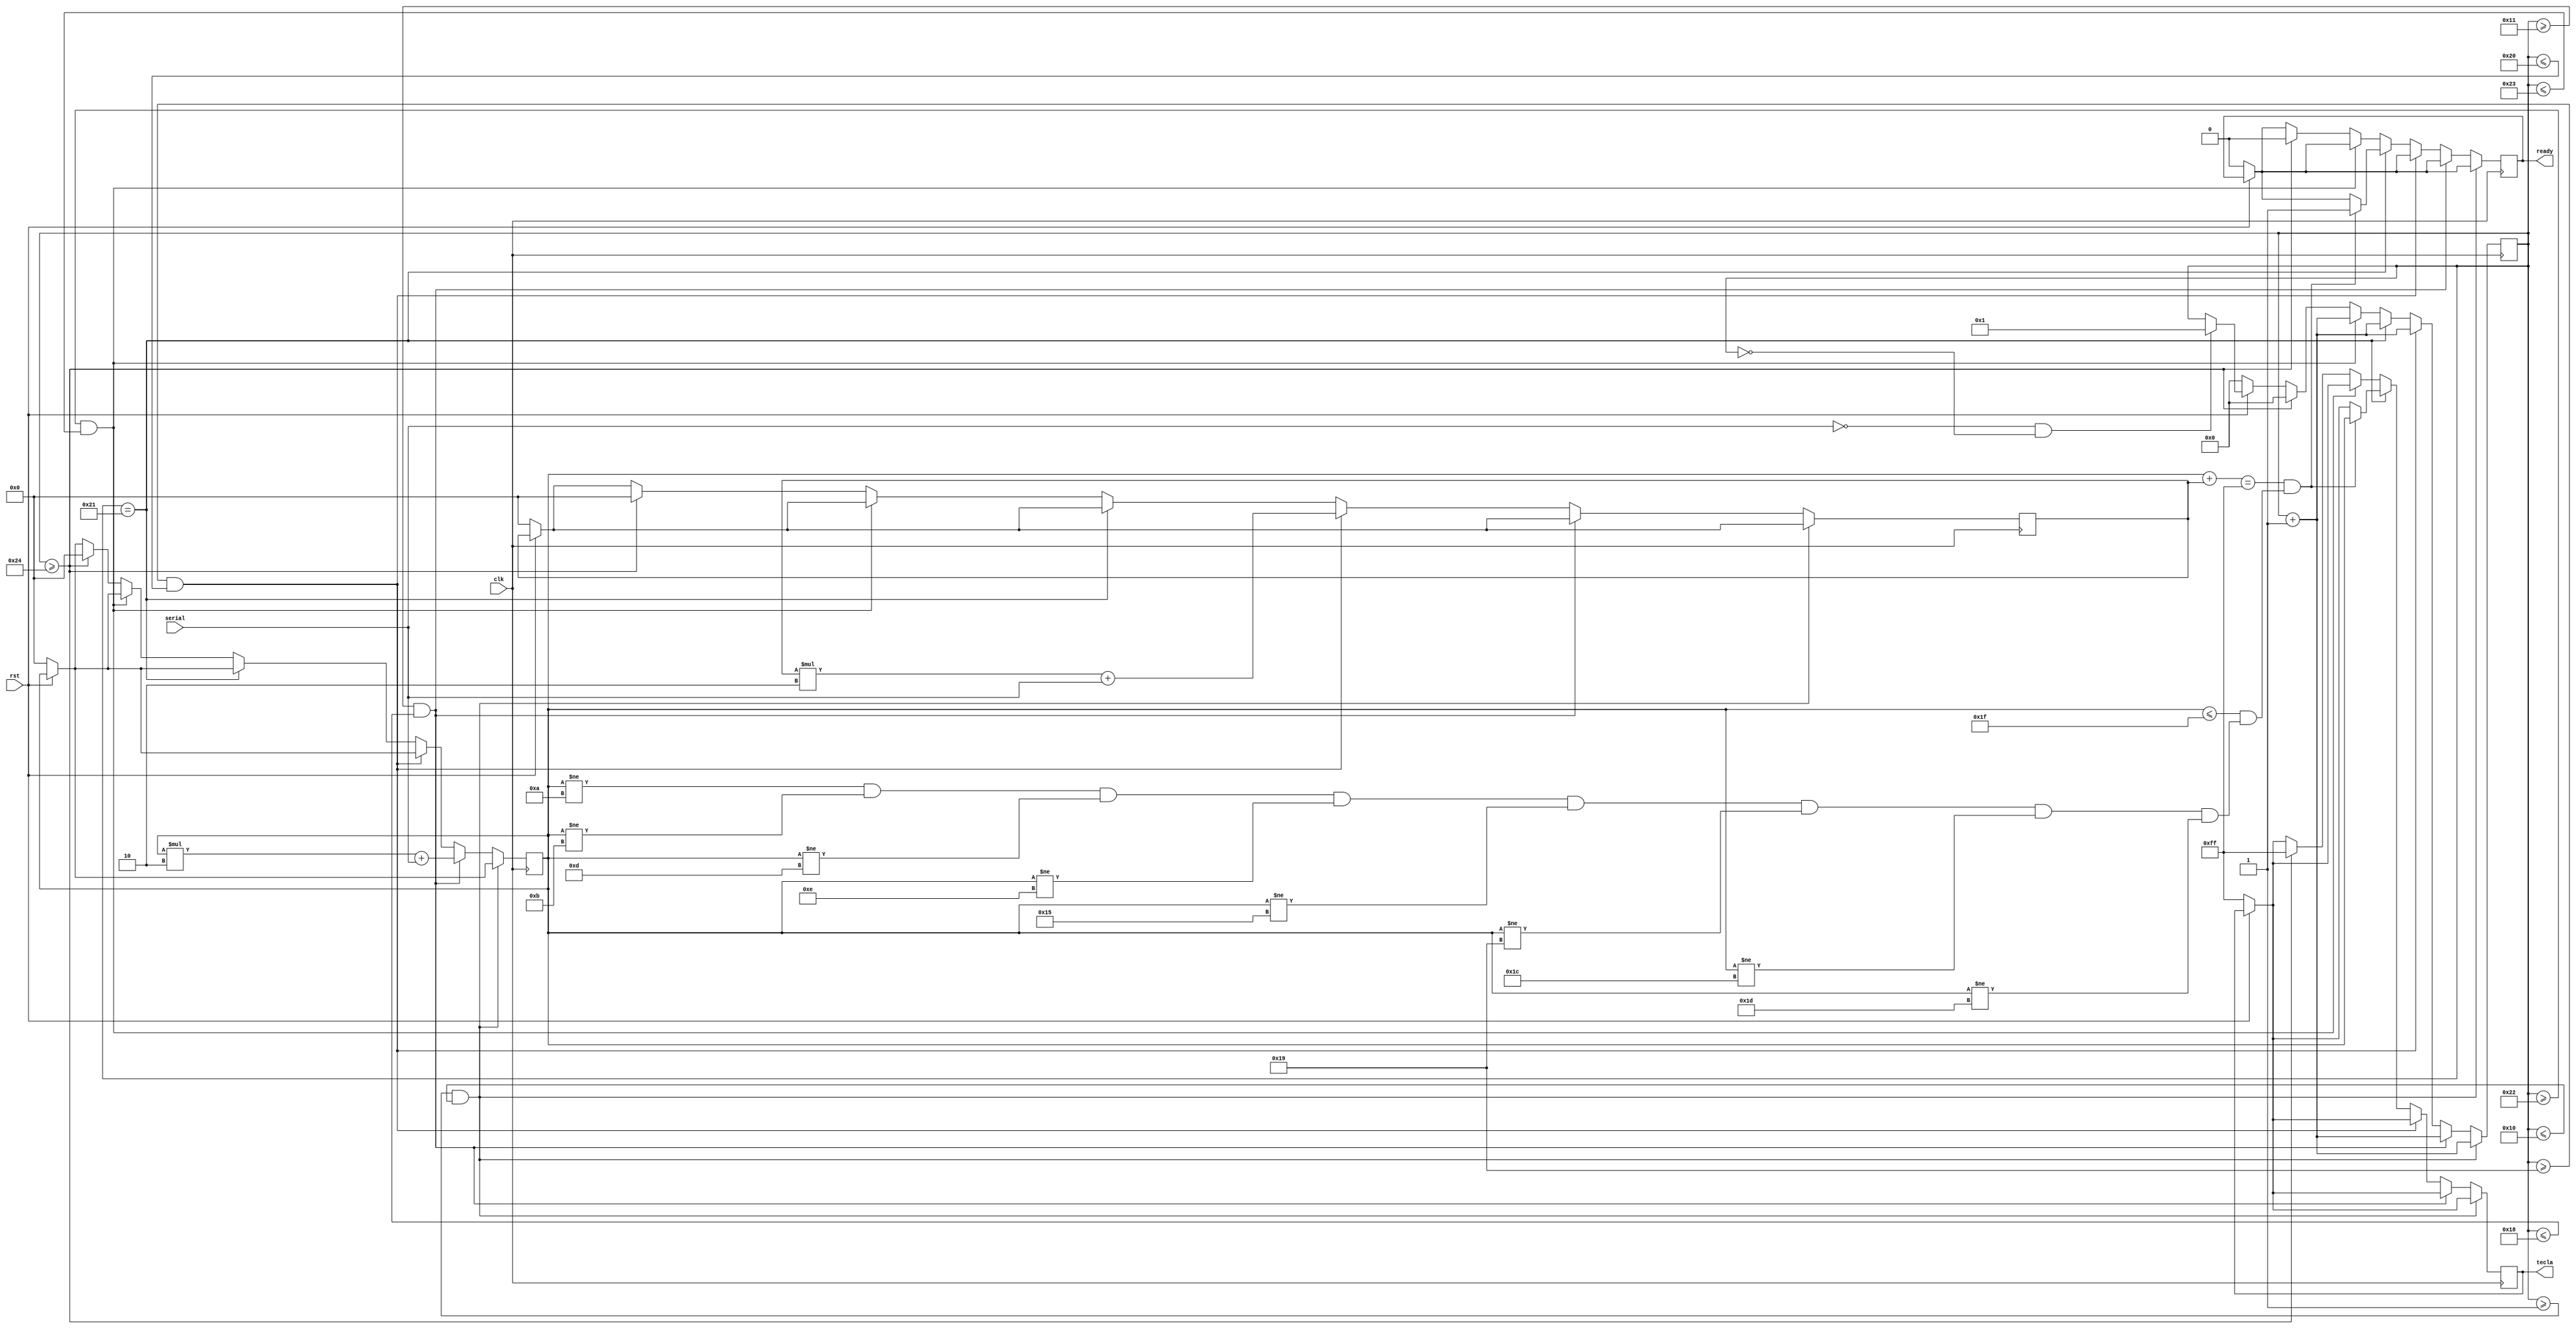
module RemoteController (clk, rst, serial, tecla, ready);
input clk, rst, serial;
output reg [7:0] tecla;
output reg ready;

reg [15:0] custom;
reg [7:0] data, data_inv;
reg [5:0] cont;
wire cont_init, cont_custom, cont_data, cont_data_inv, cont_validate, cont_wait, cont_end, test_validate;

assign cont_init = (serial == 0 && cont == 0);
assign cont_custom = (cont >= 1 && cont <= 16);
assign cont_data = (cont >= 17 && cont <= 24);
assign cont_data_inv = (cont >= 25 && cont <= 32);
assign cont_validate = (cont == 33);
assign cont_wait = (cont >= 34 && cont <= 35);
assign cont_end = (cont >= 36);
assign test_validate = ((data + data_inv == 8'hFF) && (data <= 8'h1F && (data != 8'h0a && data != 8'h0b && data != 8'h0d && data != 8'h0e && data != 8'h15 && data != 8'h19 && data != 8'h1c && data != 8'h1d)));

always @ (posedge clk) begin
	if(rst == 0)
		begin
			ready <= 0;
			cont <= 0;
			tecla <= 8'hFF;
			custom <= 16'h0000;
			data <= 8'h00;
			data_inv <= 8'h00;
		end
	else
		begin
			if(cont_init) begin
				cont <= 1;
			end
		end
	if (cont_custom) begin
		custom <= (custom * 2) + serial;
		cont <= cont + 1;
	end
	else if (cont_data) begin
		data <= (data * 2) + serial;
		cont <= cont + 1;
	end
	else if (cont_data_inv) begin
		data_inv <= (data_inv * 2) + serial;
		cont <= cont + 1;
	end
	else if (cont_validate) begin
		if(test_validate) begin
			ready <= 1;
			tecla <= data;
		end
		cont <= cont + 1;
	end
	else if (cont_wait)
		cont <= cont + 1;
	else if (cont_end) begin
		cont <= 0;
		ready <= 0;
		tecla <= 8'hFF;
		custom <= 16'h0000;
		data <= 8'h00;
		data_inv <= 8'h00;
	end
end

endmodule